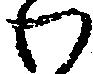
わ